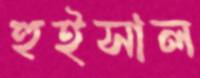
হুইসাল